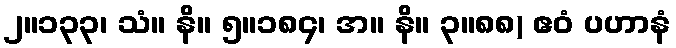
၂။၁၃၃၊ သံ။ နိ။ ၅။၁၈၄၊ အ။ နိ။ ၃။၈၈) ဧဝံ ပဟာနံ